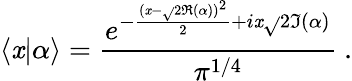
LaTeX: \langle\mathit{x}|\alpha\rangle={\frac{{e^{-{\frac{{(\mathit{x}-{\sqrt{}{{2}}}\Re(\alpha))^{2}}}{{2}}}+i\mathit{x}{\sqrt{}{{2}}}\Im(\alpha)}}}{{\pi^{1/4}}}}~.